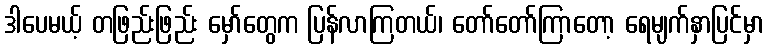
ဒါပေမယ့် တဖြည်းဖြည်း မှော်တွေက ပြန်လာကြတယ်၊ တော်တော်ကြာတော့ ရေမျက်နှာပြင်မှာ